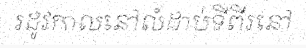
រដូវកាលនៅលំដាប់ទីពីរនៅ